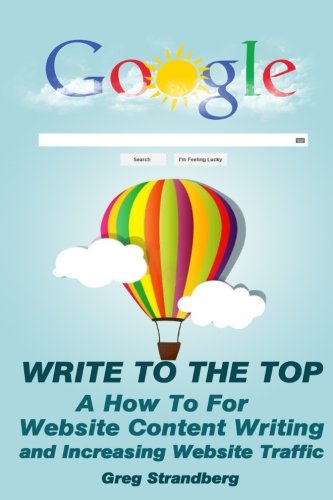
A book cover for Write to the Top: A How To for Website Content Writing and Increasing Websit (Increasing Website Traffic Series) (Volume 1); Greg Strandberg; Computers & Technology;